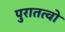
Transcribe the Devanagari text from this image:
पुरातत्वो